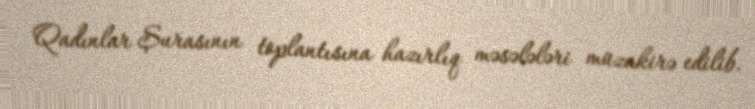
Qadınlar Şurasının toplantısına hazırlıq məsələləri müzakirə edilib.